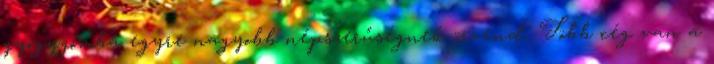
gyógygomba egyre nagyobb népszerűségnek örvend. Több cég van a